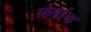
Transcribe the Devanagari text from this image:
सोनाईचा